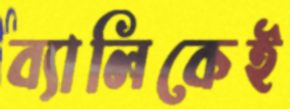
ব্যালিকেই